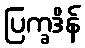
ပြက္ခဒိန်